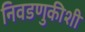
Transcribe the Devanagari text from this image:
निवडणुकीशी